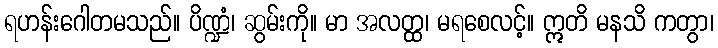
ရဟန်းဂေါတမသည်။ ပိဏ္ဍံ၊ ဆွမ်းကို။ မာ အလတ္ထ၊ မရစေလင့်။ ဣတိ မနသိ ကတွာ၊